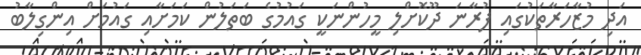
އަދި މުޒާހަރާތަކުގައި ފުރާނަ ދޫކޮށްލި މީހުންނަކީ ގައުމުގެ ބަތަލުން ކަމަށާއި ގައުމަށް އިންގިލާބު